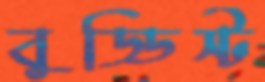
বুড্ডিস্ট